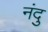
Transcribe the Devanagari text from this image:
नंदु